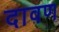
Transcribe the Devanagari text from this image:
दावण